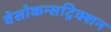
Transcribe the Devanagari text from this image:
वेसोकन्सट्रिक्शन